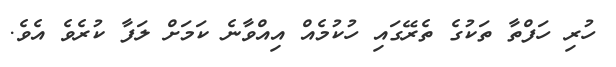
ހުރި ހަފްތާ ތަކުގެ ތެރޭގައި ހުކުމެއް އިއްވާނެ ކަމަށް ލަފާ ކުރެވެ އެވެ.